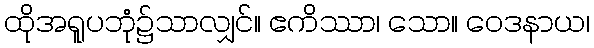
ထိုအရူပဘုံ၌သာလျှင်။ ဧကိဿာ၊ သော။ ဝေဒနာယ၊